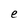
Character: e